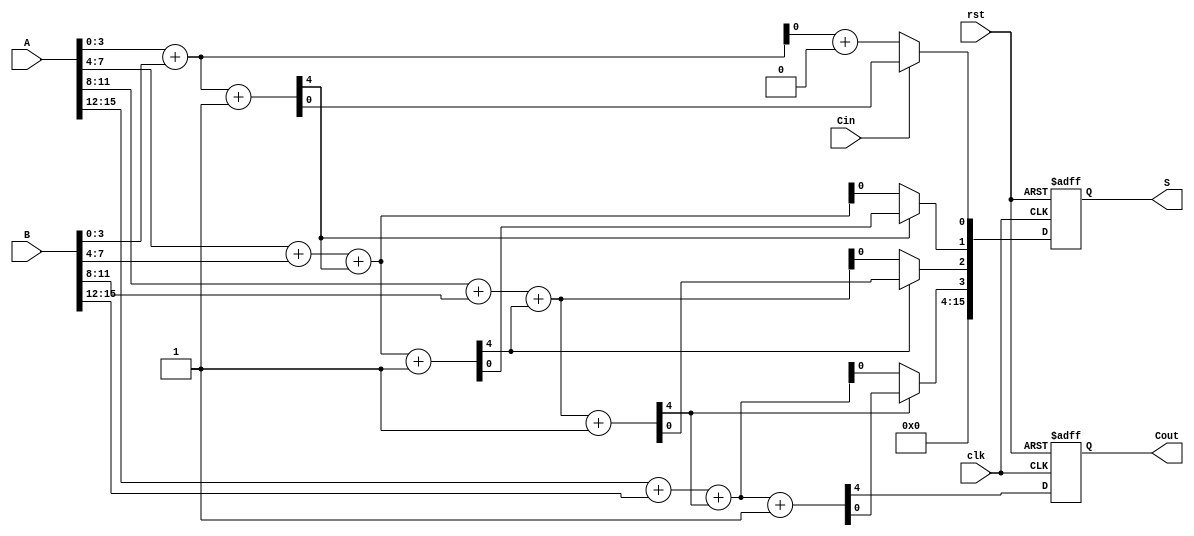
module Pipelined_CSA #(parameter N = 16) (
    input [N-1:0] A,
    input [N-1:0] B,
    input Cin,
    output reg [N-1:0] S,
    output reg Cout,
    input clk,
    input rst
);
    
    localparam STAGE_WIDTH = N / 4; // Each stage handles 4 bits for N = 16
    reg [STAGE_WIDTH-1:0] sum0 [3:0]; // Sums assuming carry-in = 0
    reg [STAGE_WIDTH-1:0] sum1 [3:0]; // Sums assuming carry-in = 1
    reg carry_out [3:0]; // Carry out of each stage
    reg [3:0] carry_in; // Carry in for each stage
    reg [3:0] selected_sum; // Selected sum based on carry in

    // Stage 0
    always @(*) begin
        {carry_out[0], sum0[0]} = A[3:0] + B[3:0] + 1'b0; // Carry-in = 0
        {carry_out[0], sum1[0]} = A[3:0] + B[3:0] + 1'b1; // Carry-in = 1
    end

    // Stage 1
    always @(*) begin
        carry_in[1] = carry_out[0]; // Carry out from stage 0
        {carry_out[1], sum0[1]} = A[7:4] + B[7:4] + carry_in[1]; // Carry-in from previous stage
        {carry_out[1], sum1[1]} = A[7:4] + B[7:4] + carry_in[1] + 1'b1;
    end

    // Stage 2
    always @(*) begin
        carry_in[2] = carry_out[1]; // Carry out from stage 1
        {carry_out[2], sum0[2]} = A[11:8] + B[11:8] + carry_in[2];
        {carry_out[2], sum1[2]} = A[11:8] + B[11:8] + carry_in[2] + 1'b1;
    end

    // Stage 3
    always @(*) begin
        carry_in[3] = carry_out[2]; // Carry out from stage 2
        {carry_out[3], sum0[3]} = A[15:12] + B[15:12] + carry_in[3];
        {carry_out[3], sum1[3]} = A[15:12] + B[15:12] + carry_in[3] + 1'b1;
    end

    // Select sums based on carry-in
    always @(*) begin
        selected_sum[0] = (Cin) ? sum1[0] : sum0[0];
        selected_sum[1] = (carry_in[1]) ? sum1[1] : sum0[1];
        selected_sum[2] = (carry_in[2]) ? sum1[2] : sum0[2];
        selected_sum[3] = (carry_in[3]) ? sum1[3] : sum0[3];
    end

    // Pipeline registers and output assignment
    always @(posedge clk or posedge rst) begin
        if (rst) begin
            S <= 0;
            Cout <= 0;
        end else begin
            S <= {selected_sum[3], selected_sum[2], selected_sum[1], selected_sum[0]};
            Cout <= carry_out[3]; // Final carry out
        end
    end

endmodule